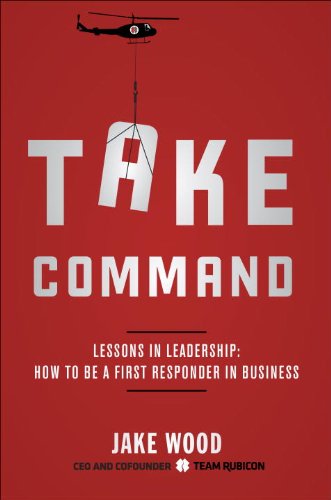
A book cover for Take Command: Lessons in Leadership: How to Be a First Responder in Business; Jake Wood; Politics & Social Sciences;